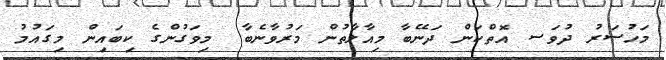
މަހުސަރު ދުވަސ އޮތްކަން ދަނޭބާ މިއާލާތުން މަރުވާނެބާ  މިވަގުންގެ ކިބައިން މިގައުމު